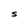
Character: S